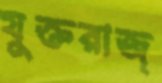
যুক্তরাজ্